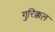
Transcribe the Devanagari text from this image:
गुरिक्कल